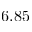
6 . 8 5